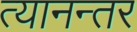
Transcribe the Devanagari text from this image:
त्यानन्तर